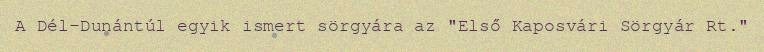
A Dél-Dunántúl egyik ismert sörgyára az "Első Kaposvári Sörgyár Rt."